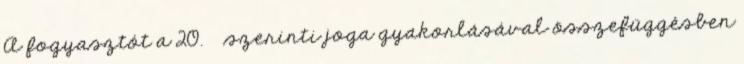
A fogyasztót a 20. § szerinti joga gyakorlásával összefüggésben